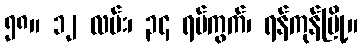
၅၈။ ၁၂ လမ်း၊ ၃၄ ရပ်ကွက်၊ ရန်ကုန်မြို့။